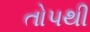
તોપથી